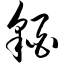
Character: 貊